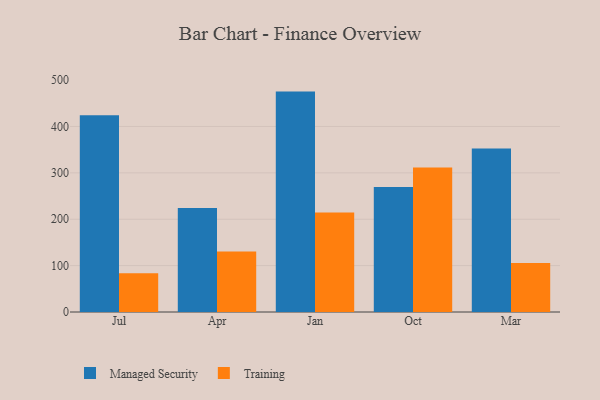
{"axis": {"x": "Month", "y": "Website Visitors"}, "legend": ["Managed Security", "Training"], "data": [{"x": "Jul", "y": 424.3, "type": "Managed Security"}, {"x": "Jul", "y": 83.7, "type": "Training"}, {"x": "Apr", "y": 224.4, "type": "Managed Security"}, {"x": "Apr", "y": 130.6, "type": "Training"}, {"x": "Jan", "y": 475.2, "type": "Managed Security"}, {"x": "Jan", "y": 214.4, "type": "Training"}, {"x": "Oct", "y": 269.6, "type": "Managed Security"}, {"x": "Oct", "y": 311.6, "type": "Training"}, {"x": "Mar", "y": 352.5, "type": "Managed Security"}, {"x": "Mar", "y": 105.7, "type": "Training"}]}